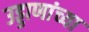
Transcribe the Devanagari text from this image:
उड्डाणांच्या